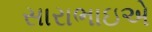
સારાભાઇએ